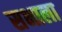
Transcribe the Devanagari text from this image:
सभाला